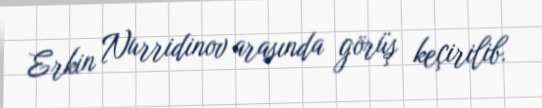
Erkin Nurridinov arasında görüş keçirilib.